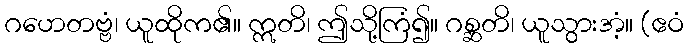
ဂဟေတဗ္ဗံ၊ ယူထိုက၏။ ဣတိ၊ ဤသို့ကြံ၍။ ဂစ္ဆတိ၊ ယူသွားအံ့။ (ဧဝံ